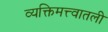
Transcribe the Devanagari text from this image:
व्यक्तिमत्त्वातली